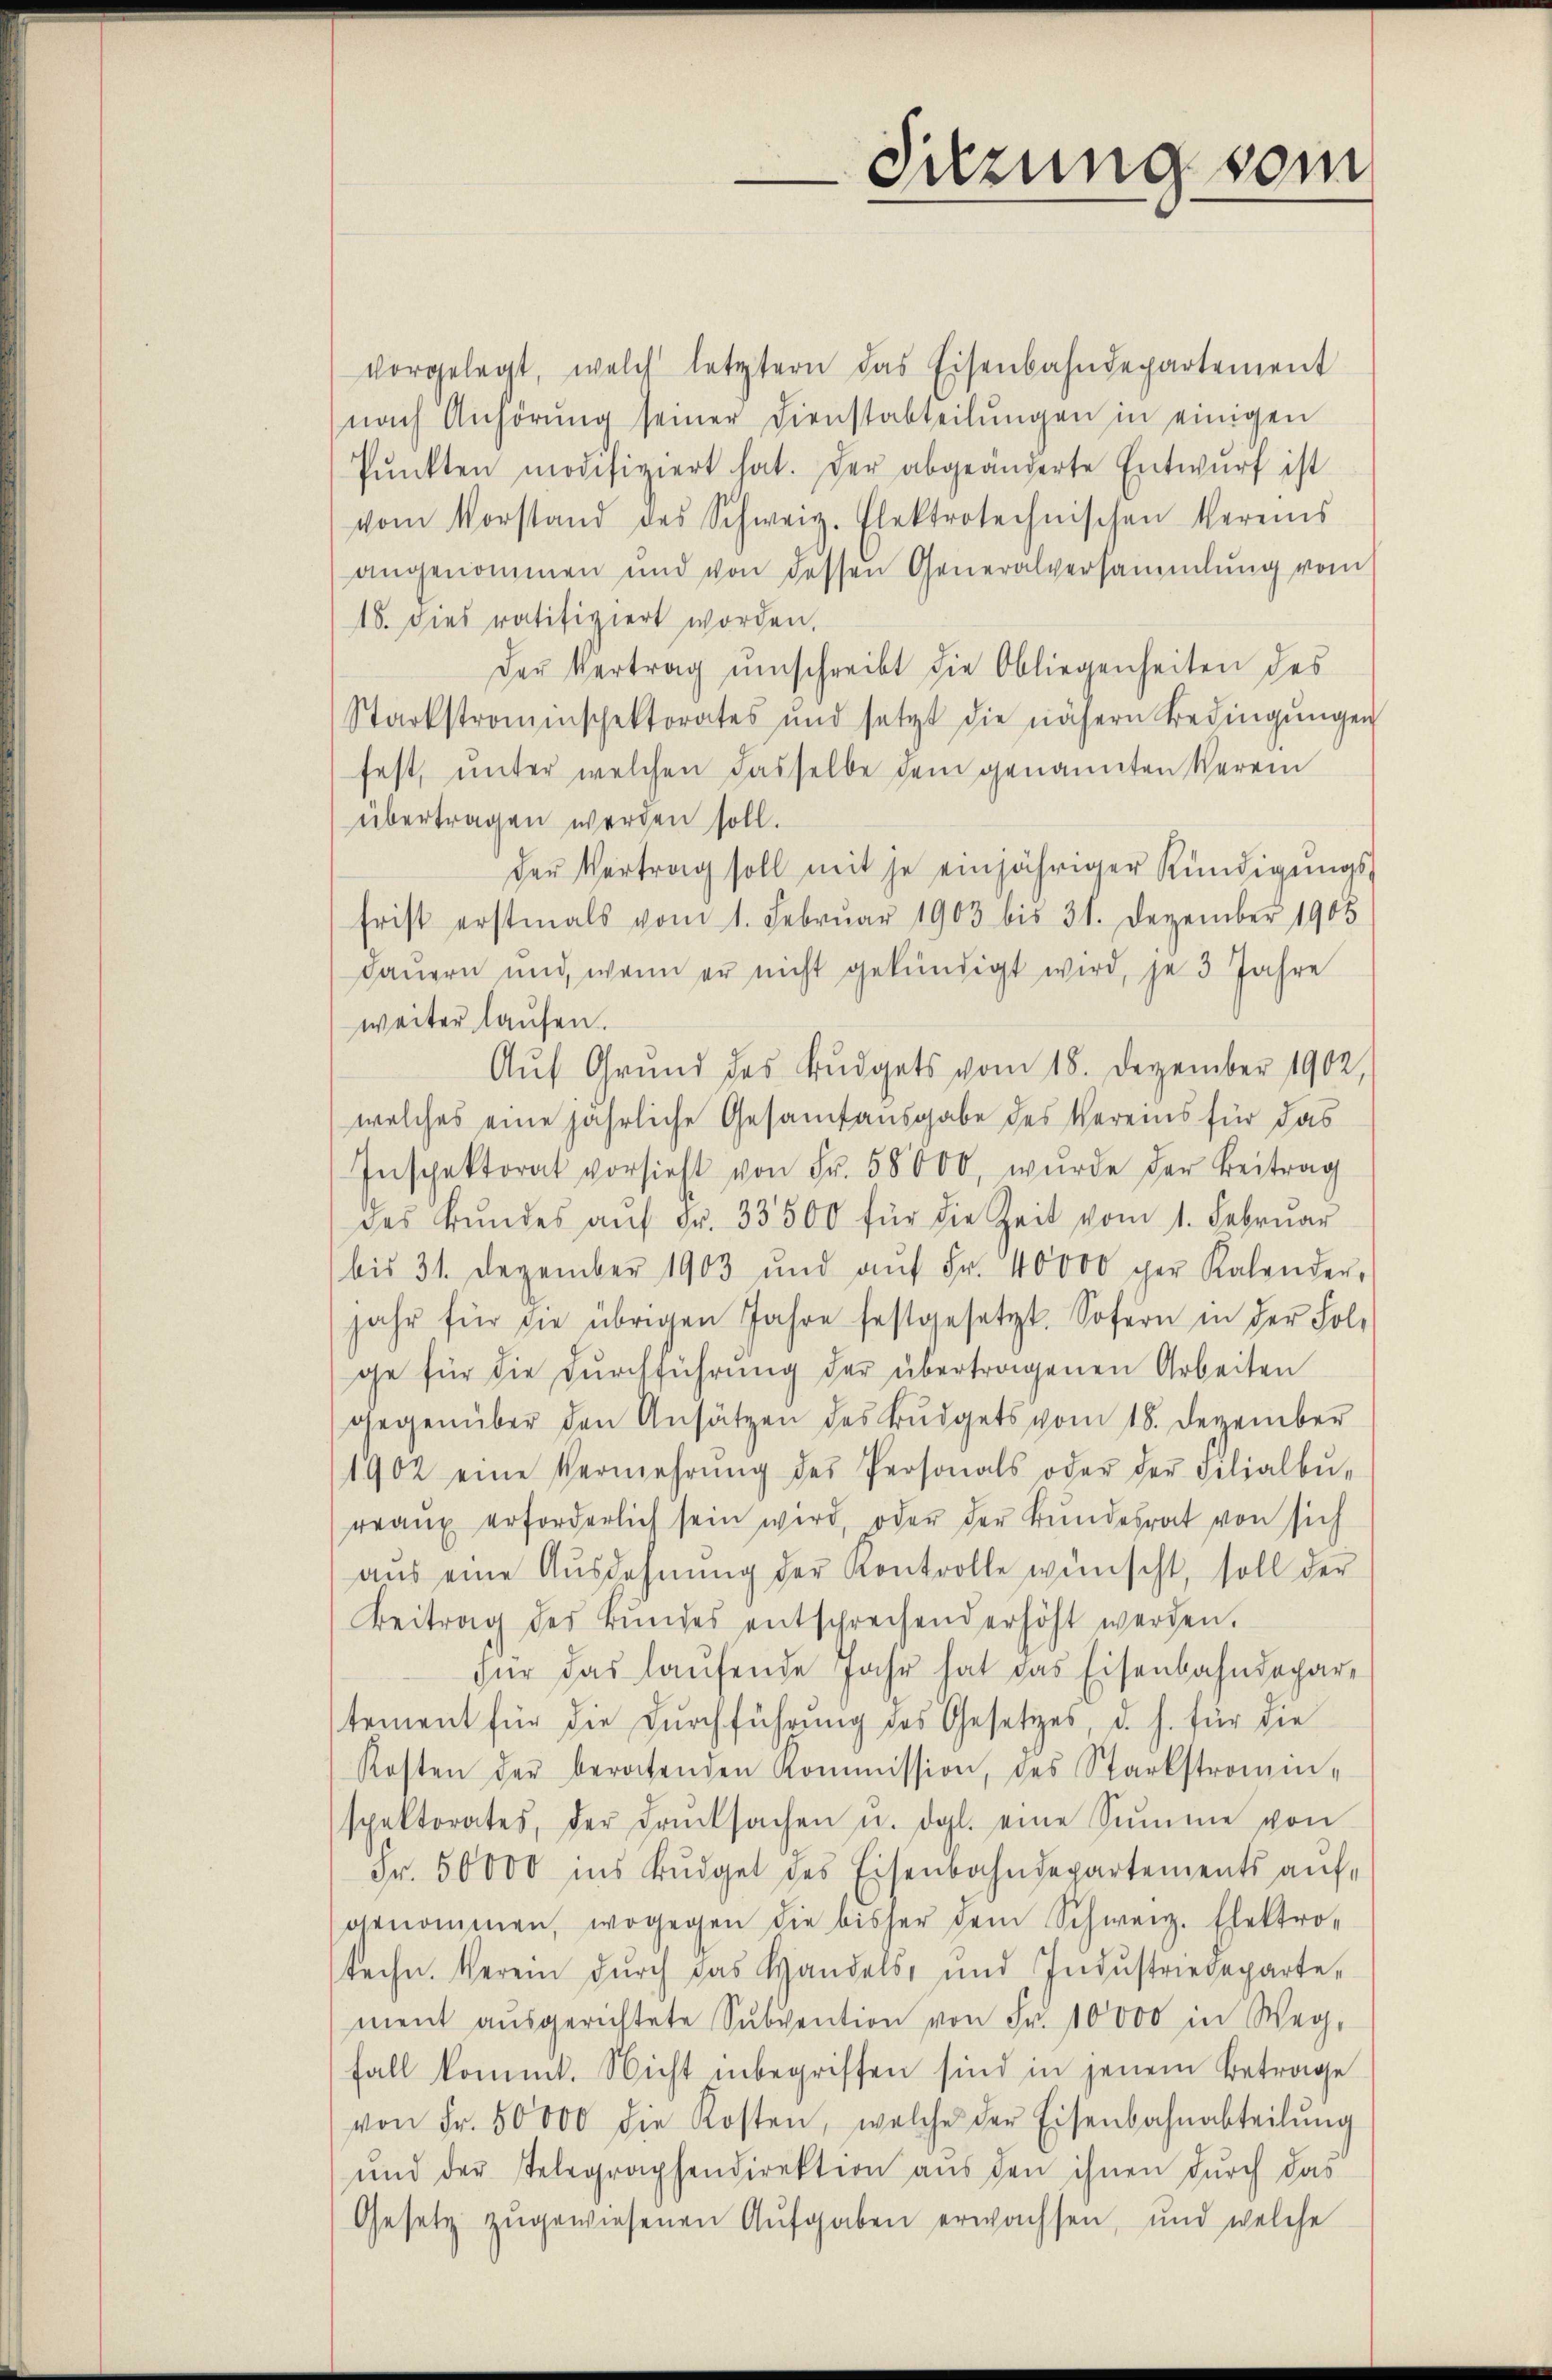
vorgelegt, welch letztern das Eisenbahndepartement
nach Anhörung seiner Dienstabteilŭngen in einigen
Pŭnkten modifiziert hat. Der abgeänderte Entwurf ist
vom Vorstand des Schweiz. Elektrotechnischen Vereins
angenommen und von dessen Generalversammlung vom
18. Dies ratifiziert worden.
Der Vertrag umschreibt die Obliegenheiten des
Starkstraminschektorates und setzt die nähern Bedingŭngen
fest, unter welchen dasselbe dem genannten Verein
übertragen werden soll.
der Vertrag soll mit je einjähriger Kündigŭngs-
frist erstmals vom 1. Februar 1903 bis 31. Dezember 1905
dauern und wenn er nicht gekündigt wird, je 3 Jahre
weiter laufen.
Auf Grund des Budgets vom 18. Dezember 1902,
welches eine jährliche Gesamtausgabe des Vereins für das
Inspektorat vorsieht von Fr. 58000, wŭrde der Beitrag
des Bŭndes aŭf Fr. 33500 für die Zeit vom 1. Februar
bis 31. Dezember 1903 und aŭf Fr. 40000 per Kalender,
jahr für die übrigen Jahre festgesetzt. Sofern in der Fol-
ge für die Durchführung der übertragenen Arbeiten
gegenüber den Ansätzen des Budgets vom 18. Dezember
1902 eine Vermehrŭng des Personals oder der Filialbŭ-
rranz erforderlich sein wird, oder der Bŭndesrat von sich
aŭs eine Ausdehnŭng der Kontrolle wünscht, soll der
Beitrag des Bŭndes entsprechend erhöht werden.
für das laŭfende Jahr hat das Eisenbahndepartement für die Durchführung des Gesetzes, d. h. für die
Kosten der beratenden Kommission, des Starkstromin-
spektorates, der Drucksachen u. dgl. eine Summe von
Fr. 50000 ins Bŭdget des Eisenbahndepartements aufgenommen, wogegen die bisher dem Schweiz. Elektro-
teche. Verein durch das Handels- und Indŭstriedeparte-
ment aŭsgerichtete Sŭbvention von Fr. 10000 in Weg-
fall kommt. Nicht inbegriffen sind in jenem Betrage
von Fr. 50000 die Kosten, welche der Eisenbahnabteilŭng
und der Telegraphendirektion aus den ihnen durch das
Gesetz zugewiesenen Aufgaben erwachsen, und welche

Sitzung vom